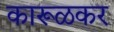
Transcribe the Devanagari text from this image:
कारूळकर